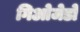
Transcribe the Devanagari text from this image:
गिओजेडो